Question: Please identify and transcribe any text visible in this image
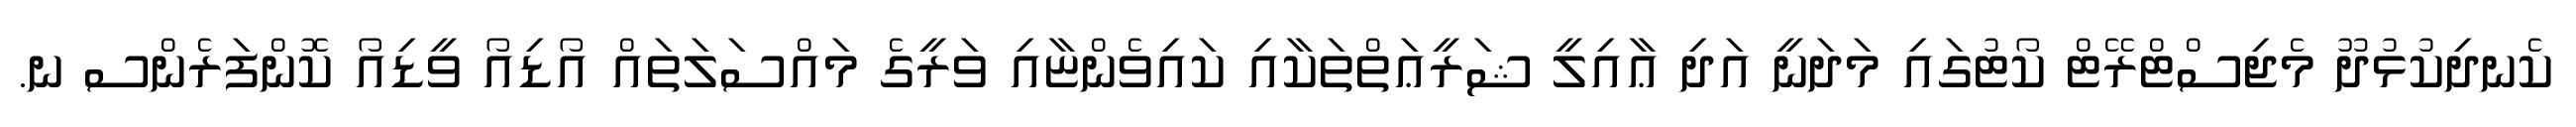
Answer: ކެނދިކުޅުދޫ މެޖިސްޓްރޭޓް ކޯޓުގައި މަދަނީ އަދި ޢާއިލީ ޝަރީޢަތްތަކާއި ކައިވެންޏާއި ވަރީގެ މައްސަލަތައް އޯޑިއޯ ވީޑިއޯ ކޮންފަރެންސ ނ.